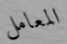
المعامل